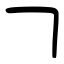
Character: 𠃍